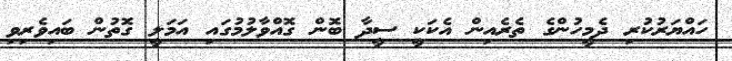
ހައްޔަރުކުރި ދެމީހުންގެ ތެރެއިން އެކަކީ ސީދާ ބޮން ގޮއްވާލުމުގައި އަމަލީ ގޮތުން ބައިވެރިވި